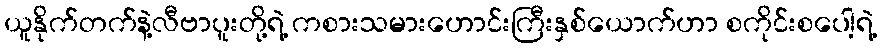
ယူနိုက်တက်နဲ့လီဗာပူးတို့ရဲ့ ကစားသမားဟောင်းကြီးနှစ်ယောက်ဟာ စကိုင်းစပေါ့ရဲ့